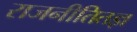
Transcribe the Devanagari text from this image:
राजनीतितज्ञ